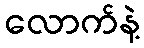
လောက်နဲ့